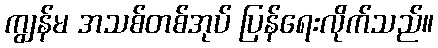
ကျွန်မ အသစ်တစ်အုပ် ပြန်ရေးလိုက်သည်။